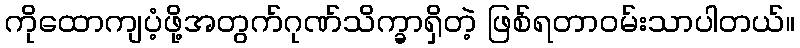
ကိုထောကျပံ့ဖို့အတွက်ဂုဏ်သိက္ခာရှိတဲ့ ဖြစ်ရတာဝမ်းသာပါတယ်။